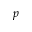
p